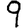
Digit: 9